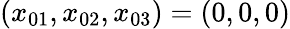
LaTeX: (x_{01},x_{02},x_{03})=(0,0,0)